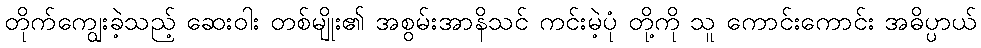
တိုက်ကျွေးခဲ့သည့် ဆေးဝါး တစ်မျိုး၏ အစွမ်းအာနိသင် ကင်းမဲ့ပုံ တို့ကို သူ ကောင်းကောင်း အဓိပ္ပာယ်